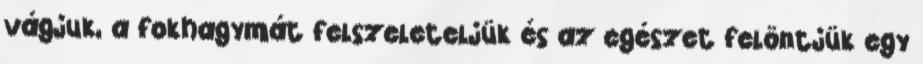
vágjuk, a fokhagymát felszeleteljük és az egészet felöntjük egy